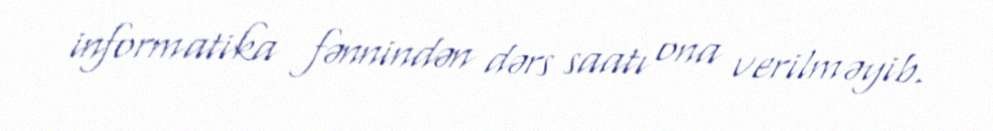
informatika fənnindən dərs saatı ona verilməyib.